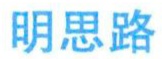
明思路